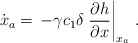
\begin{align*}\dot{{x}}_a = \, -\gamma c_1 \delta \left.\dfrac{\partial h}{\partial x}\right|_{{x}_a}\,. \end{align*}